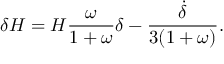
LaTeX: \delta H = H \frac { \omega } { 1 + \omega } \delta - \frac { \dot { \delta } } { 3 ( 1 + \omega ) } .